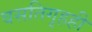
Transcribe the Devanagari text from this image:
वसतिगृहही